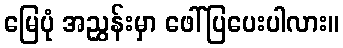
မြေပုံ အညွှန်းမှာ ဖေါ်ပြပေးပါလား။